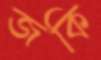
জকি